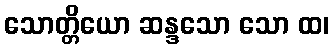
သောတ္တိယော ဆန္ဒသော သော ထ၊